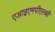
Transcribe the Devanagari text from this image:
एआइएमपीएलबी